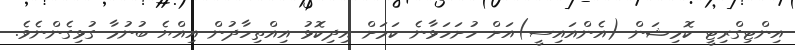
އިންޓިގްރިޓީ ކޮމިޝަން (އެންއައިސީ)އަށް ހުށަހަޅާނެ ކަމަށް އިދިކޮޅު އިއްތިހާދުން އިއްޔެ ބުނުމާ ގުޅިގެންނެވެ.